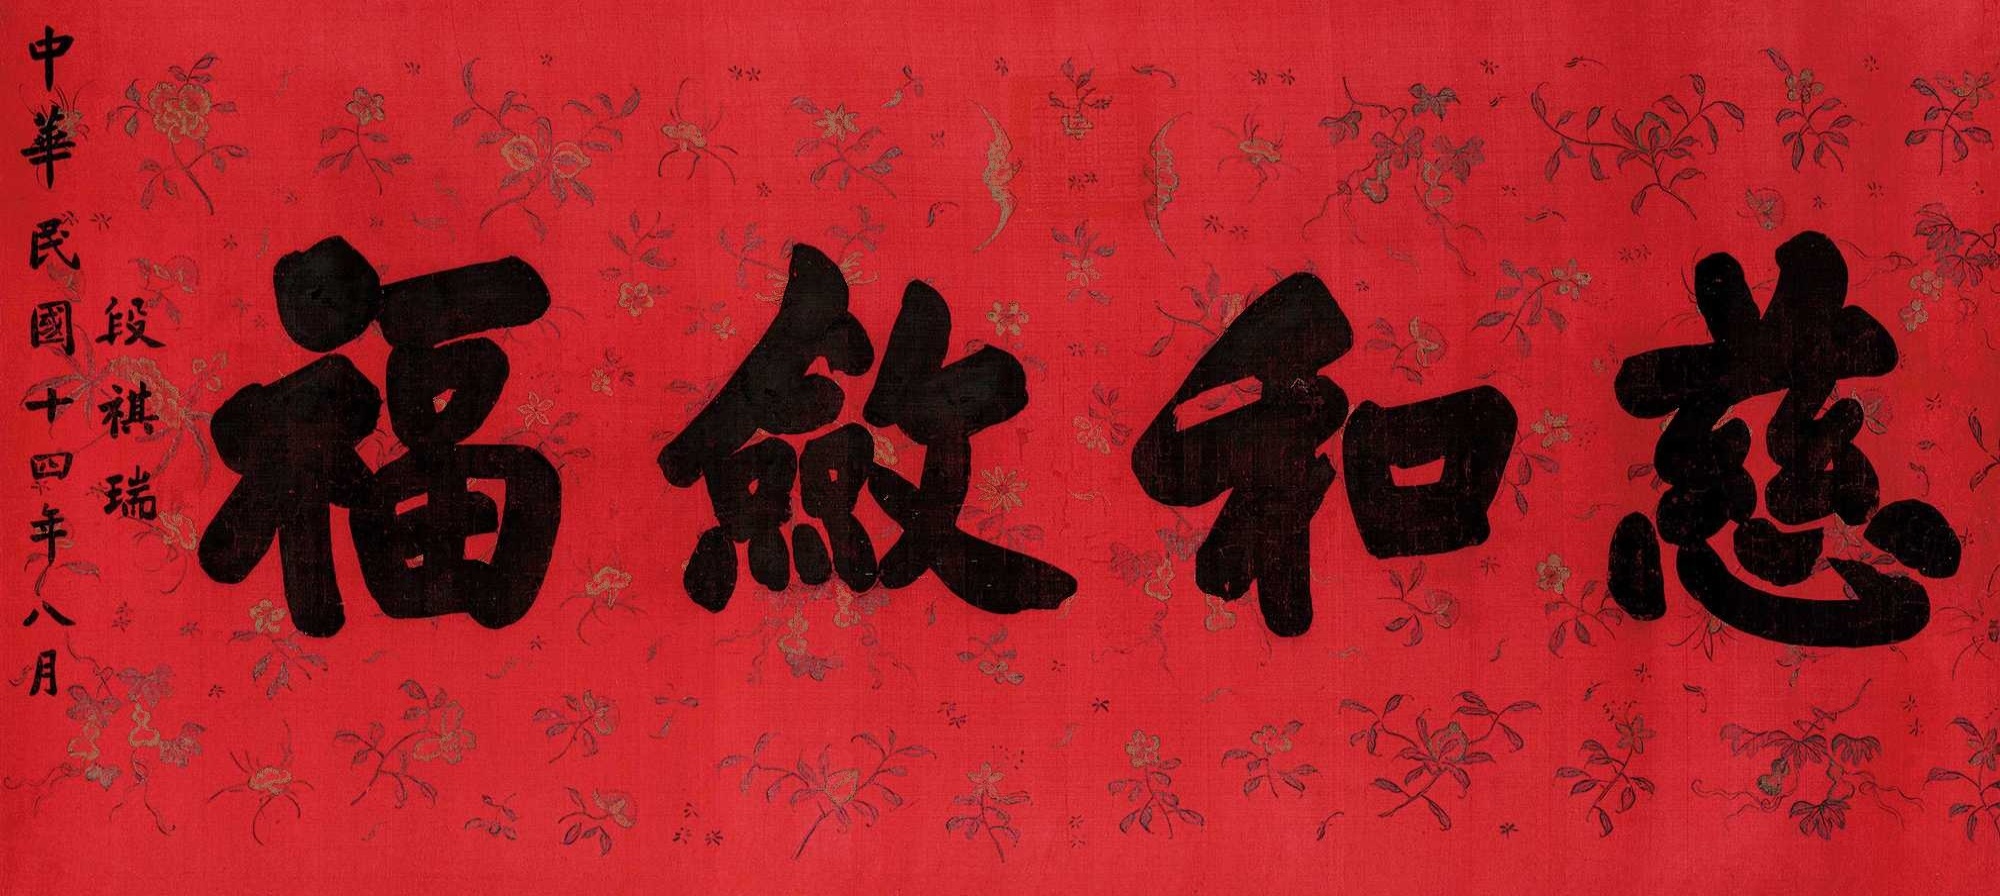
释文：慈和敛福段祺瑞。中华民国十四年八月。